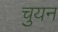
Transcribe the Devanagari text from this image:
चुयन